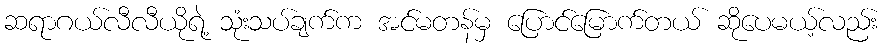
ဆရာဂယ်လီလီယိုရဲ့ သုံးသပ်ချက်က အင်မတန်မှ ပြောင်မြောက်တယ် ဆိုပေမယ့်လည်း